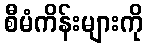
စီမံကိန်းများကို